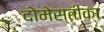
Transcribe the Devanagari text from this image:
दोमेस्तीका